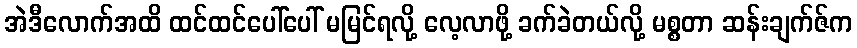
အဲဒီလောက်အထိ ထင်ထင်ပေါ်ပေါ် မမြင်ရလို့ လေ့လာဖို့ ခက်ခဲတယ်လို့ မစ္စတာ ဆန်းချက်ဇ်က